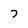
Character: 7